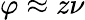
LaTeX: \varphi\approx z\nu